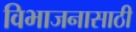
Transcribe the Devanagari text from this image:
विभाजनासाठी